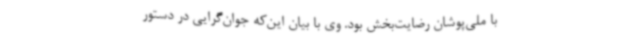
با ملی‌پوشان رضایت‌بخش بود. وی با بیان این‌که جوان‌گرایی در دستور